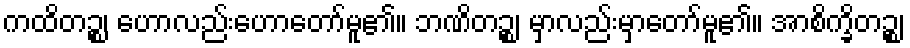
ကထိတဉ္စ၊ ဟောလည်းဟောတော်မူ၏။ ဘဏိတဉ္စ၊ မှာလည်းမှာတော်မူ၏။ အာစိက္ခိတဉ္စ၊